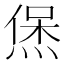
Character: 㷛